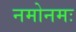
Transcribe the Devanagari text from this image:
नमोनमः